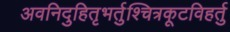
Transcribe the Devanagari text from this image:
अवनिदुहितृभर्तुश्चित्रकूटविहर्तु